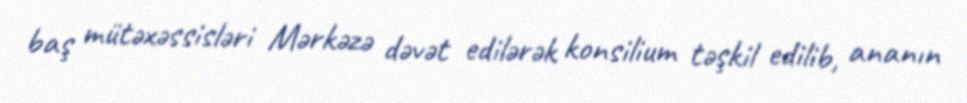
baş mütəxəssisləri Mərkəzə dəvət edilərək konsilium təşkil edilib, ananın